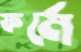
ফর্মে